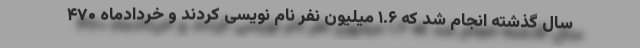
سال گذشته انجام شد که ۱.۶ میلیون نفر نام نویسی کردند و خردادماه ۴۷۰